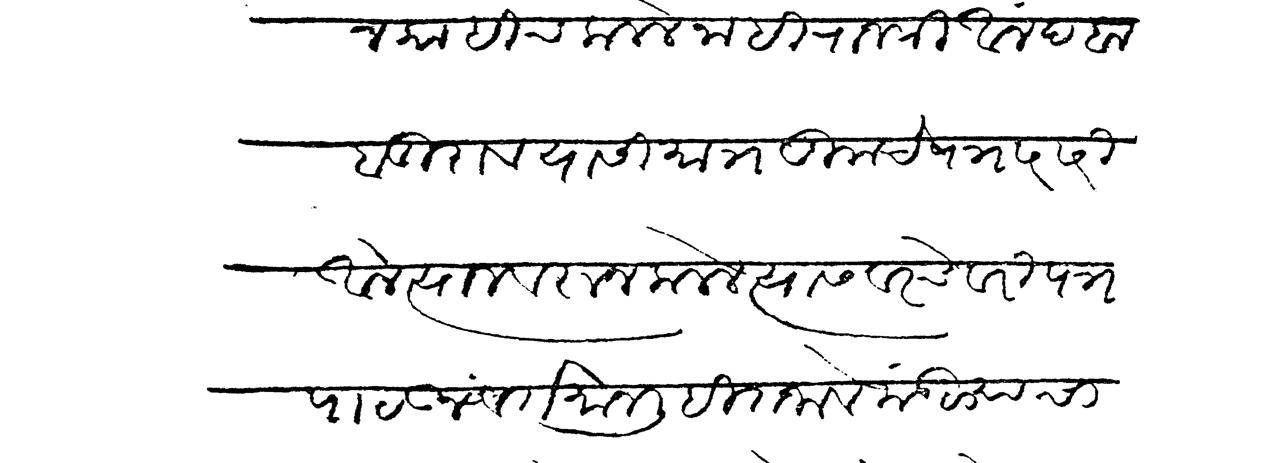
Transliteration (Devanagari): न काहीच कळले नाहीं राजश्री आनंद बाबूराव यासी मात्र तुमचे पत्र सरसरी आले त्याजवरून कळले त्यास वरचेवर पत्र पाठऊन वर्तमान लिहित जावे मंडळ्याचा